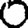
Digit: 0